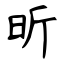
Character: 昕